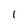
Character: 1